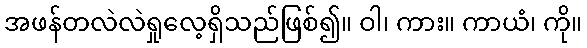
အဖန်တလဲလဲရှုလေ့ရှိသည်ဖြစ်၍။ ဝါ၊ ကား။ ကာယံ၊ ကို။